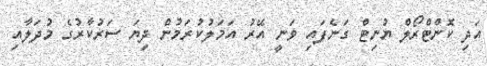
އަދި ކޮންޓްރޯލް ޔުނިޓް ގަނެފައި ވަނީ އޭރު އަމަލުކުރަމުން ދިޔަ ސަރުކާރުގެ މުދަލާއި